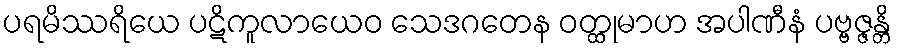
ပရမိဿရိယေ ပဋိကူလာယေဝ သေဒဂတေန ဝတ္ထုမာဟ အပါဏီနံ ပဗ္ဗဇ္ဇန္တိ